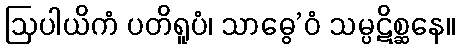
ဩပါယိကံ ပတိရူပံ၊ သာဓွေ’ဝံ သမ္ပဋိစ္ဆနေ။